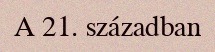
A 21. században